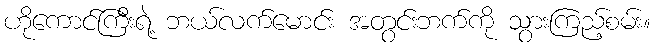
ဟိုကောင်ကြီးရဲ့ ဘယ်လက်မောင်း အတွင်းဘက်ကို သွားကြည့်စမ်း။